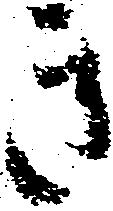
き